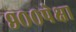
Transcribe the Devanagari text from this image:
९००पेक्षा